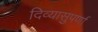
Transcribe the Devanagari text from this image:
दिव्यासुपर्णा